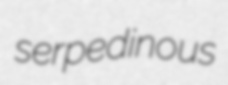
serpedinous